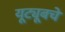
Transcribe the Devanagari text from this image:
यूट्यूबचे